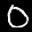
Label: 0